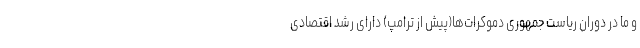
و ما در دوران ریاست جمهوری دموکرات‌ها(پیش از ترامپ) دارای رشد اقتصادی